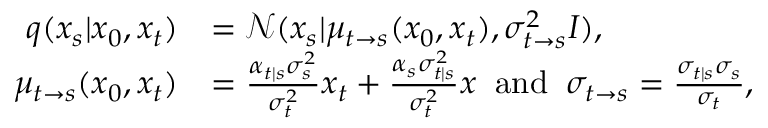
\begin{array} { r l } { q ( x _ { s } | x _ { 0 } , x _ { t } ) } & { = \mathcal { N } ( x _ { s } | \mu _ { t \rightarrow s } ( x _ { 0 } , x _ { t } ) , \sigma _ { t \rightarrow s } ^ { 2 } I ) , } \\ { \mu _ { t \rightarrow s } ( x _ { 0 } , x _ { t } ) } & { = \frac { \alpha _ { t | s } \sigma _ { s } ^ { 2 } } { \sigma _ { t } ^ { 2 } } x _ { t } + \frac { \alpha _ { s } \sigma _ { t | s } ^ { 2 } } { \sigma _ { t } ^ { 2 } } x \; \; \mathrm { a n d } \; \; \sigma _ { t \rightarrow s } = \frac { \sigma _ { t | s } \sigma _ { s } } { \sigma _ { t } } , } \end{array}